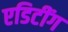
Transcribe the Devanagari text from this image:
एडिटींग